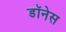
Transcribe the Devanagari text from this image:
डॉनेस